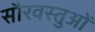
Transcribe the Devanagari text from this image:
सौरवस्तुओं